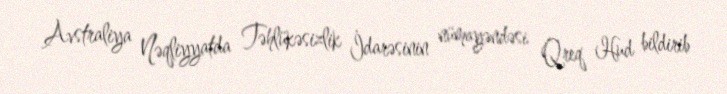
Avstraliya Nəqliyyatda Təhlükəsizlik İdarəsinin nümayəndəsi Qreq Hud bildirib